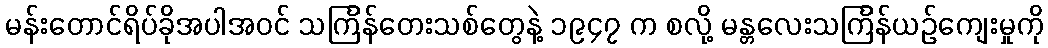
မန်းတောင်ရိပ်ခိုအပါအဝင် သင်္ကြန်တေးသစ်တွေနဲ့ ၁၉၄၇ က စလို့ မန္တလေးသင်္ကြန်ယဉ်ကျေးမှုကို